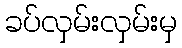
ခပ်လှမ်းလှမ်းမှ